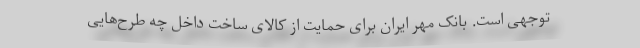
توجهی است. بانک مهر ایران برای حمایت از کالای ساخت داخل چه طرح‌هایی